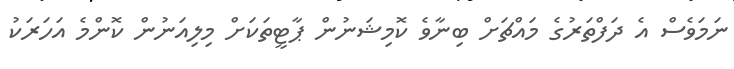
ނަމަވެސް އެ ދަފްތަރުގެ މައްޗަށް ބިނާވެ ކޮމިޝަނުން ޕާޓީތަކަށް މިލިއަނުން ކޮންމެ އަހަރަކު